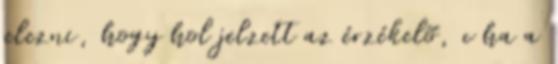
jelezni, hogy hol jelzett az érzékelõ, c ha a